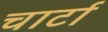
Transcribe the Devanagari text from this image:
चार्टा